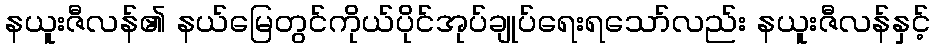
နယူးဇီလန်၏ နယ်မြေတွင်ကိုယ်ပိုင်အုပ်ချုပ်ရေးရသော်လည်း နယူးဇီလန်နှင့်